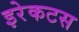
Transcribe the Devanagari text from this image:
इरेकटस